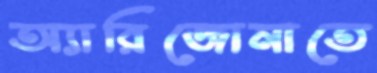
অ্যারিজোনাতে